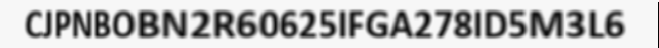
CJPNBOBN2R60625IFGA278ID5M3L6